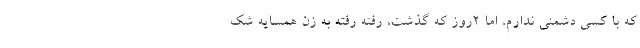
که با کسی دشمنی ندارم، اما ۲روز که گذشت، رفته رفته به زن همسایه شک